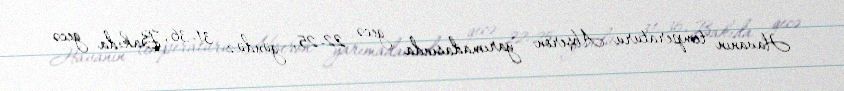
Havanın temperaturu Abşeron yarımadasında gecə 22-25, gündüz 31-36, Bakıda gecə